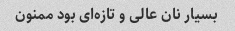
بسیار نان عالی و تازه‌ای بود ممنون